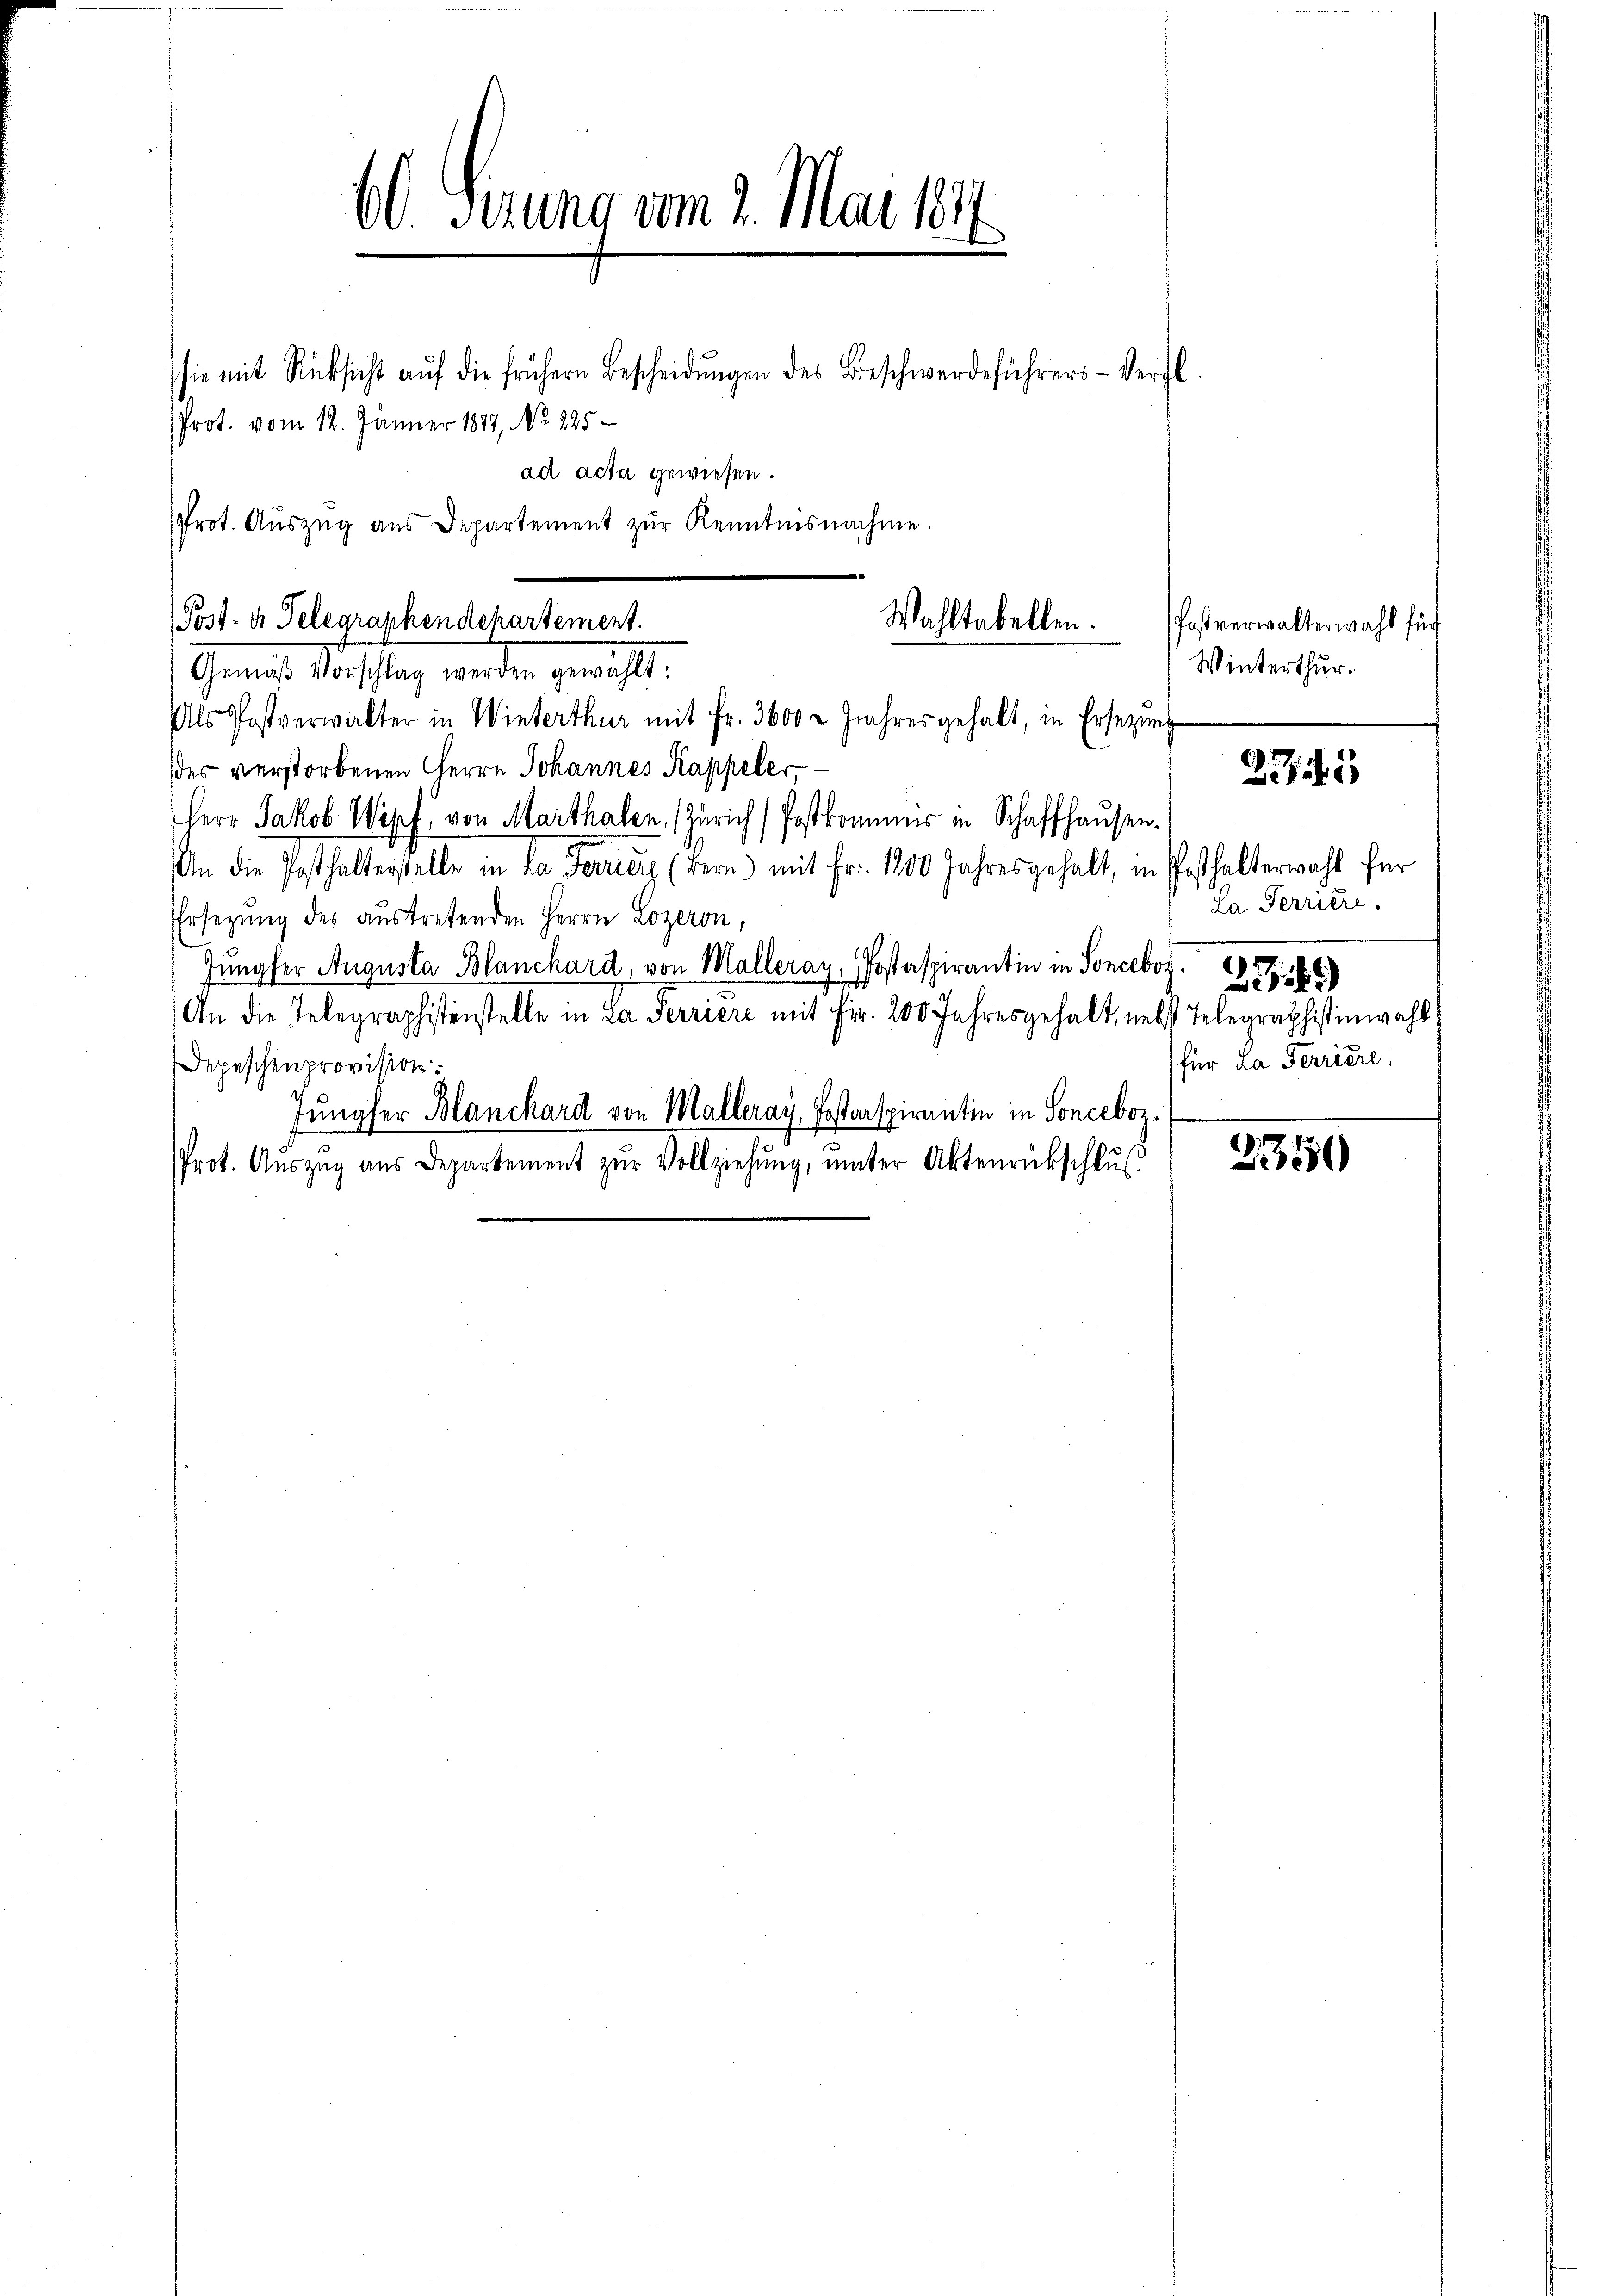
60. Ferung vom 2. Mai 184
x

Prot. vom 12. Jänner 1877, No 225
Prot. Auszug aus Departement zur Kenntnisnahme.

sie mit Rücksicht aŭf die frühern Bescheidŭngen des Beschwerdeführers-Vergl.
ad acta gewiesen.

Wahltabellen.
Post- u. Telegraphendepartement.
Gemise Vorschlag, von der gewählt,

Als Postverwalter in Winterthur mit Fr. 3600 r Jahres gehalt, in Ersezung
des verstorbenen Herrn Johannes Kappeler,
Herr Jakob Wipf von Marthalen, Zürich (Postkommnis in Schaffhausen.
An die Posthalterstelle in da Ferriere (Bern) mit Fr. 1200 Jahresgehalt, in Posthalterwahl für
Ersezung des austretenden Herrn Lozeron,
Jungfer Augusta Blanchard, von Malleray, Postaspirantin in Sonceboz. 1888
An die Telegraphistenstelle in La Serriere mit Fr. 200 Jahresgehalt, nebst Telegraphistinwahl
Depeschenprovision:
Jungfer Blanchard von Malleray, Posterspirantin in Sonceboz.
Prot. Aŭszŭg aŭs Departement zŭr Vollziehŭng ŭnter Aktenrückschlŭβ

Postverwalterwahl für
Winterthur.

2345

La Terriere.
(für La Terriere

235